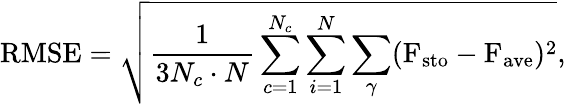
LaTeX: \mathrm{RMSE}=\sqrt{\frac{1}{3N_{c}\cdot N}\sum_{c=1}^{N_{c}}\sum_{i=1}^{N}\sum_{\gamma}(\mathrm{F}_{\mathrm{sto}}-\mathrm{F}_{\mathrm{ave}})^{2}},